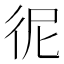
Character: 𢓚